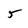
Character: 5